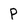
Character: p